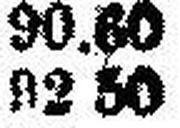
92.50